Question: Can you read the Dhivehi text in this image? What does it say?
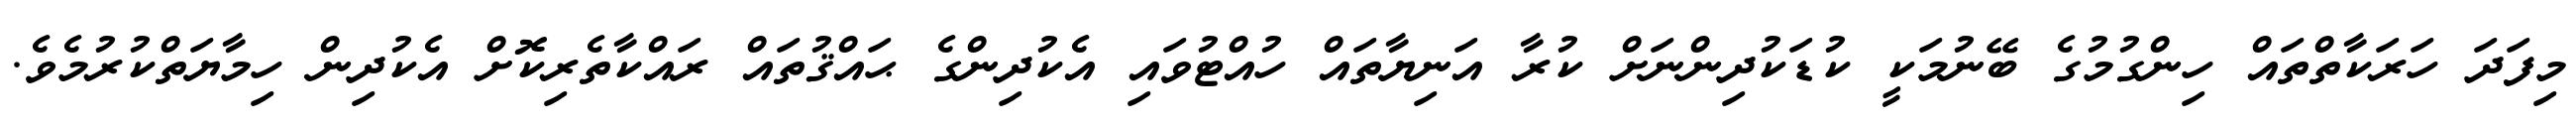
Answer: މިފަދަ ހަރަކާތްތައް ހިންގުމުގެ ބޭނުމަކީ ކުޑަކުދިންނަށް ކުރާ އަނިޔާތައް ހުއްޓުވައި އެކުދިންގެ ޙައްޤުތައް ރައްކާތެރިކޮށް އެކުދިން ހިމާޔަތްކުރުމެވެ.